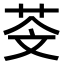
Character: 𦮫